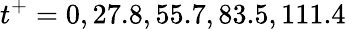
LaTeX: t^{+}=0,27.8,55.7,83.5,111.4